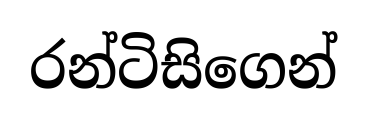
රන්ටිසිගෙන්